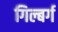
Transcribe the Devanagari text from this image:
गिल्बर्ग